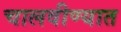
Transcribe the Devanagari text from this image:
चालवीण्यात